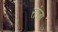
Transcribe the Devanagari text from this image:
रांजा